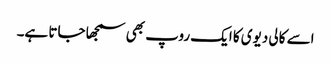
اسے کالی دیوی کا ایک روپ بھی سمجھا جاتا ہے۔